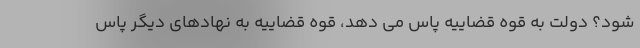
شود؟ دولت به قوه قضاییه پاس می دهد، قوه قضاییه به نهادهای دیگر پاس